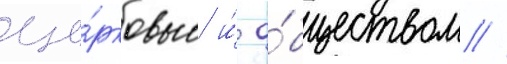
це́рковью и́ о́бществом //